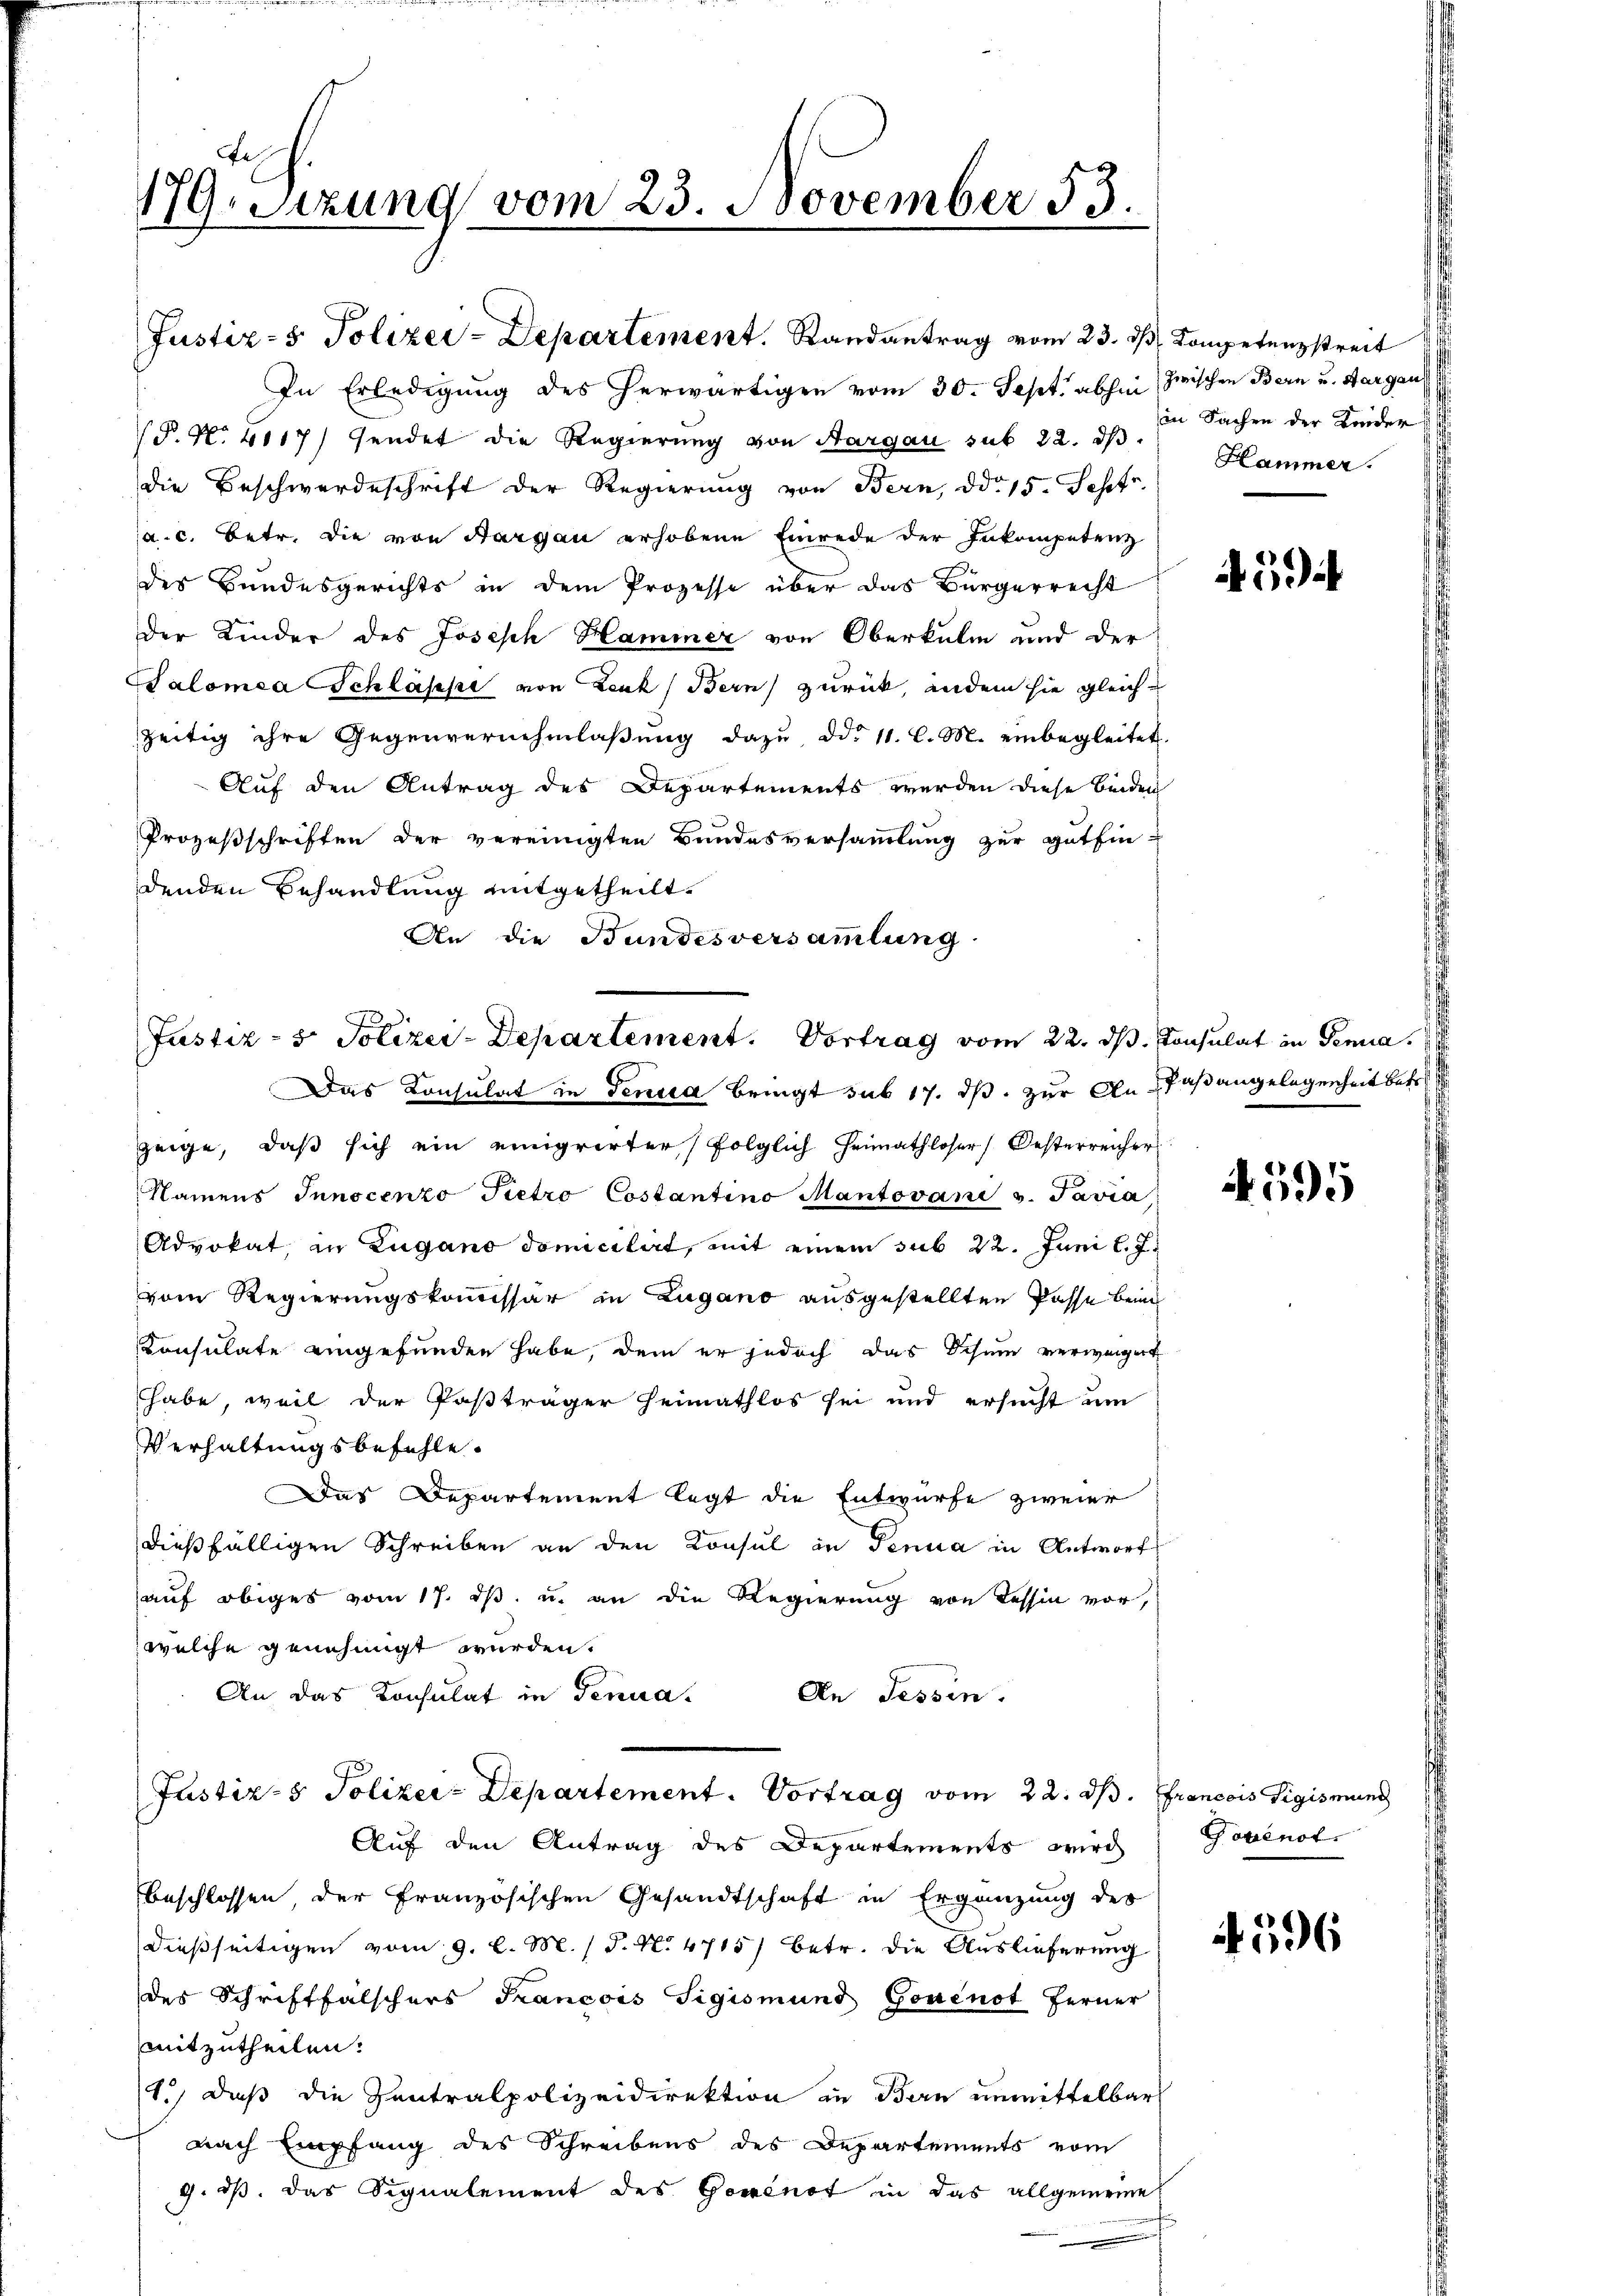
179. Sitzung vom 23. November 53.
1

Justiz- & Polizei-Departement. Randantrag vom 23. ds. Kompetenzstreit
In Erledigung des herwärtigen vom 30. Sept. abhin zwischen Bern und Aargau
(P. Nr. 4117) sendet die Regierŭng von Aargau sub 22. dβ.
die Beschwerdeschrift der Regierung von Bern, ddo 15. Sept.
ja. c. Betr. die von Aargau erhobene Einrede der Inkompetenz
des Bundesgerichts in dem Prozesse über das Bürgerrecht
Der Kinder des Joseph Hammer von Oberkulm und der
Salomea Schlässe von Lenk, Bern zurück, andern sie gleich
zeitig ihre Gegenvernehmlaβŭng dazŭ dd. 11. l. M. einbegleitet.
Auf den Antrag des Departements werden diese beiden
Prozesschriften der vereinigten Bundesversammlung zur Gutfin-
denden Behandlung mitgetheilt.
An die Bundesversammlung
zeige, daß sich ein emigrirter folglich Heimathloser Oesterreicher
Namens Innocenzo Pietro Costantino Mantovani u. Pavia,
Advokat, in Zugano domicilirt, mit einem sub 22. Juni l. J.
vom Regierungskommissär in Zugano ausgestellten Pässe beim
Konsulate eingefunden habe, dem er jedoch das Schum verweiget
habe, weil der Paßträger Heimathlos sei und ersucht um
Verhaltungsbefehle.
Das Departement legt die Entwurfe zweier
dießfälligen Schreiben an den Konsul in Tenua in Antwort
auf obiges vom 17. ds. u. an die Regierung von Tessin vor,
welche genehmigt wurden.
An das Konsulat in Tenna. An Tessin,
Justiz- & Polizei-Departement. Vortrag vom 22. d. Francois Sigismund
Auf den Antrag des Departements wird
beschlossen, der Französischen Gesandtschaft in Ergänzung des
dießseitigen vom 9. d. M. P. N. 4715) betr. die Auslieferung
des Schriftfälschers Francois Sigismund Gouenot ferner
mitzutheilen.
1.) daß die Zentralpolizeidirektion in Bern unmittelbar
nach Empfang des Schreibens des Departements vom
9. ds. das Signalement des Goninot in das allgemeine

Justiz- & Polizei-Departement. Vortrag vom 22. ds. Konsulat in demna
Das Consulat in Genica bringt sub 17. ds. zur Anspaßangelegenheit betre

in Sachen der Kinder
Hammer.

A. 5

4595

Povenot.

596